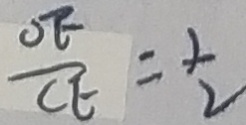
\frac { O F } { C E } = \frac { 1 } { 2 }